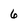
Character: 6